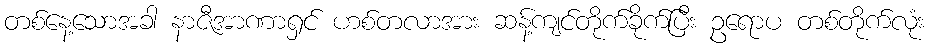
တစ်နေ့သောအခါ နာဇီအာဏာရှင် ဟစ်တလာအား ဆန့်ကျင်တိုက်ခိုက်ပြီး ဥရောပ တစ်တိုက်လုံး